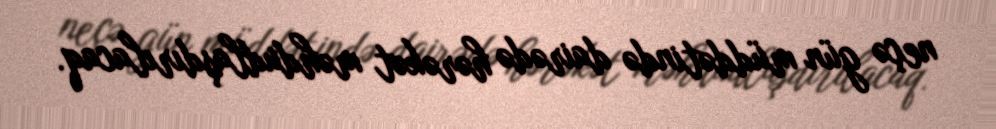
neçə gün müddətində dairədə hərəkət məhdudlaşdırılacaq.